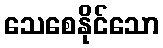
သေစေနိုင်သော